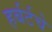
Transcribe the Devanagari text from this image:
हर्बर्टचे